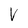
Character: V